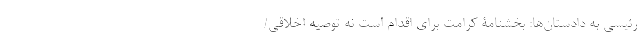
رئیسی به دادستان‌ها: بخشنامۀ کرامت برای اقدام است نه توصیه اخلاقی/